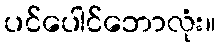
ပင်ပေါင်ဘောလုံး။